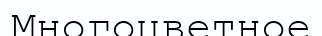
Многоцветное